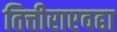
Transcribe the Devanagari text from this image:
तित्तीराएवढा